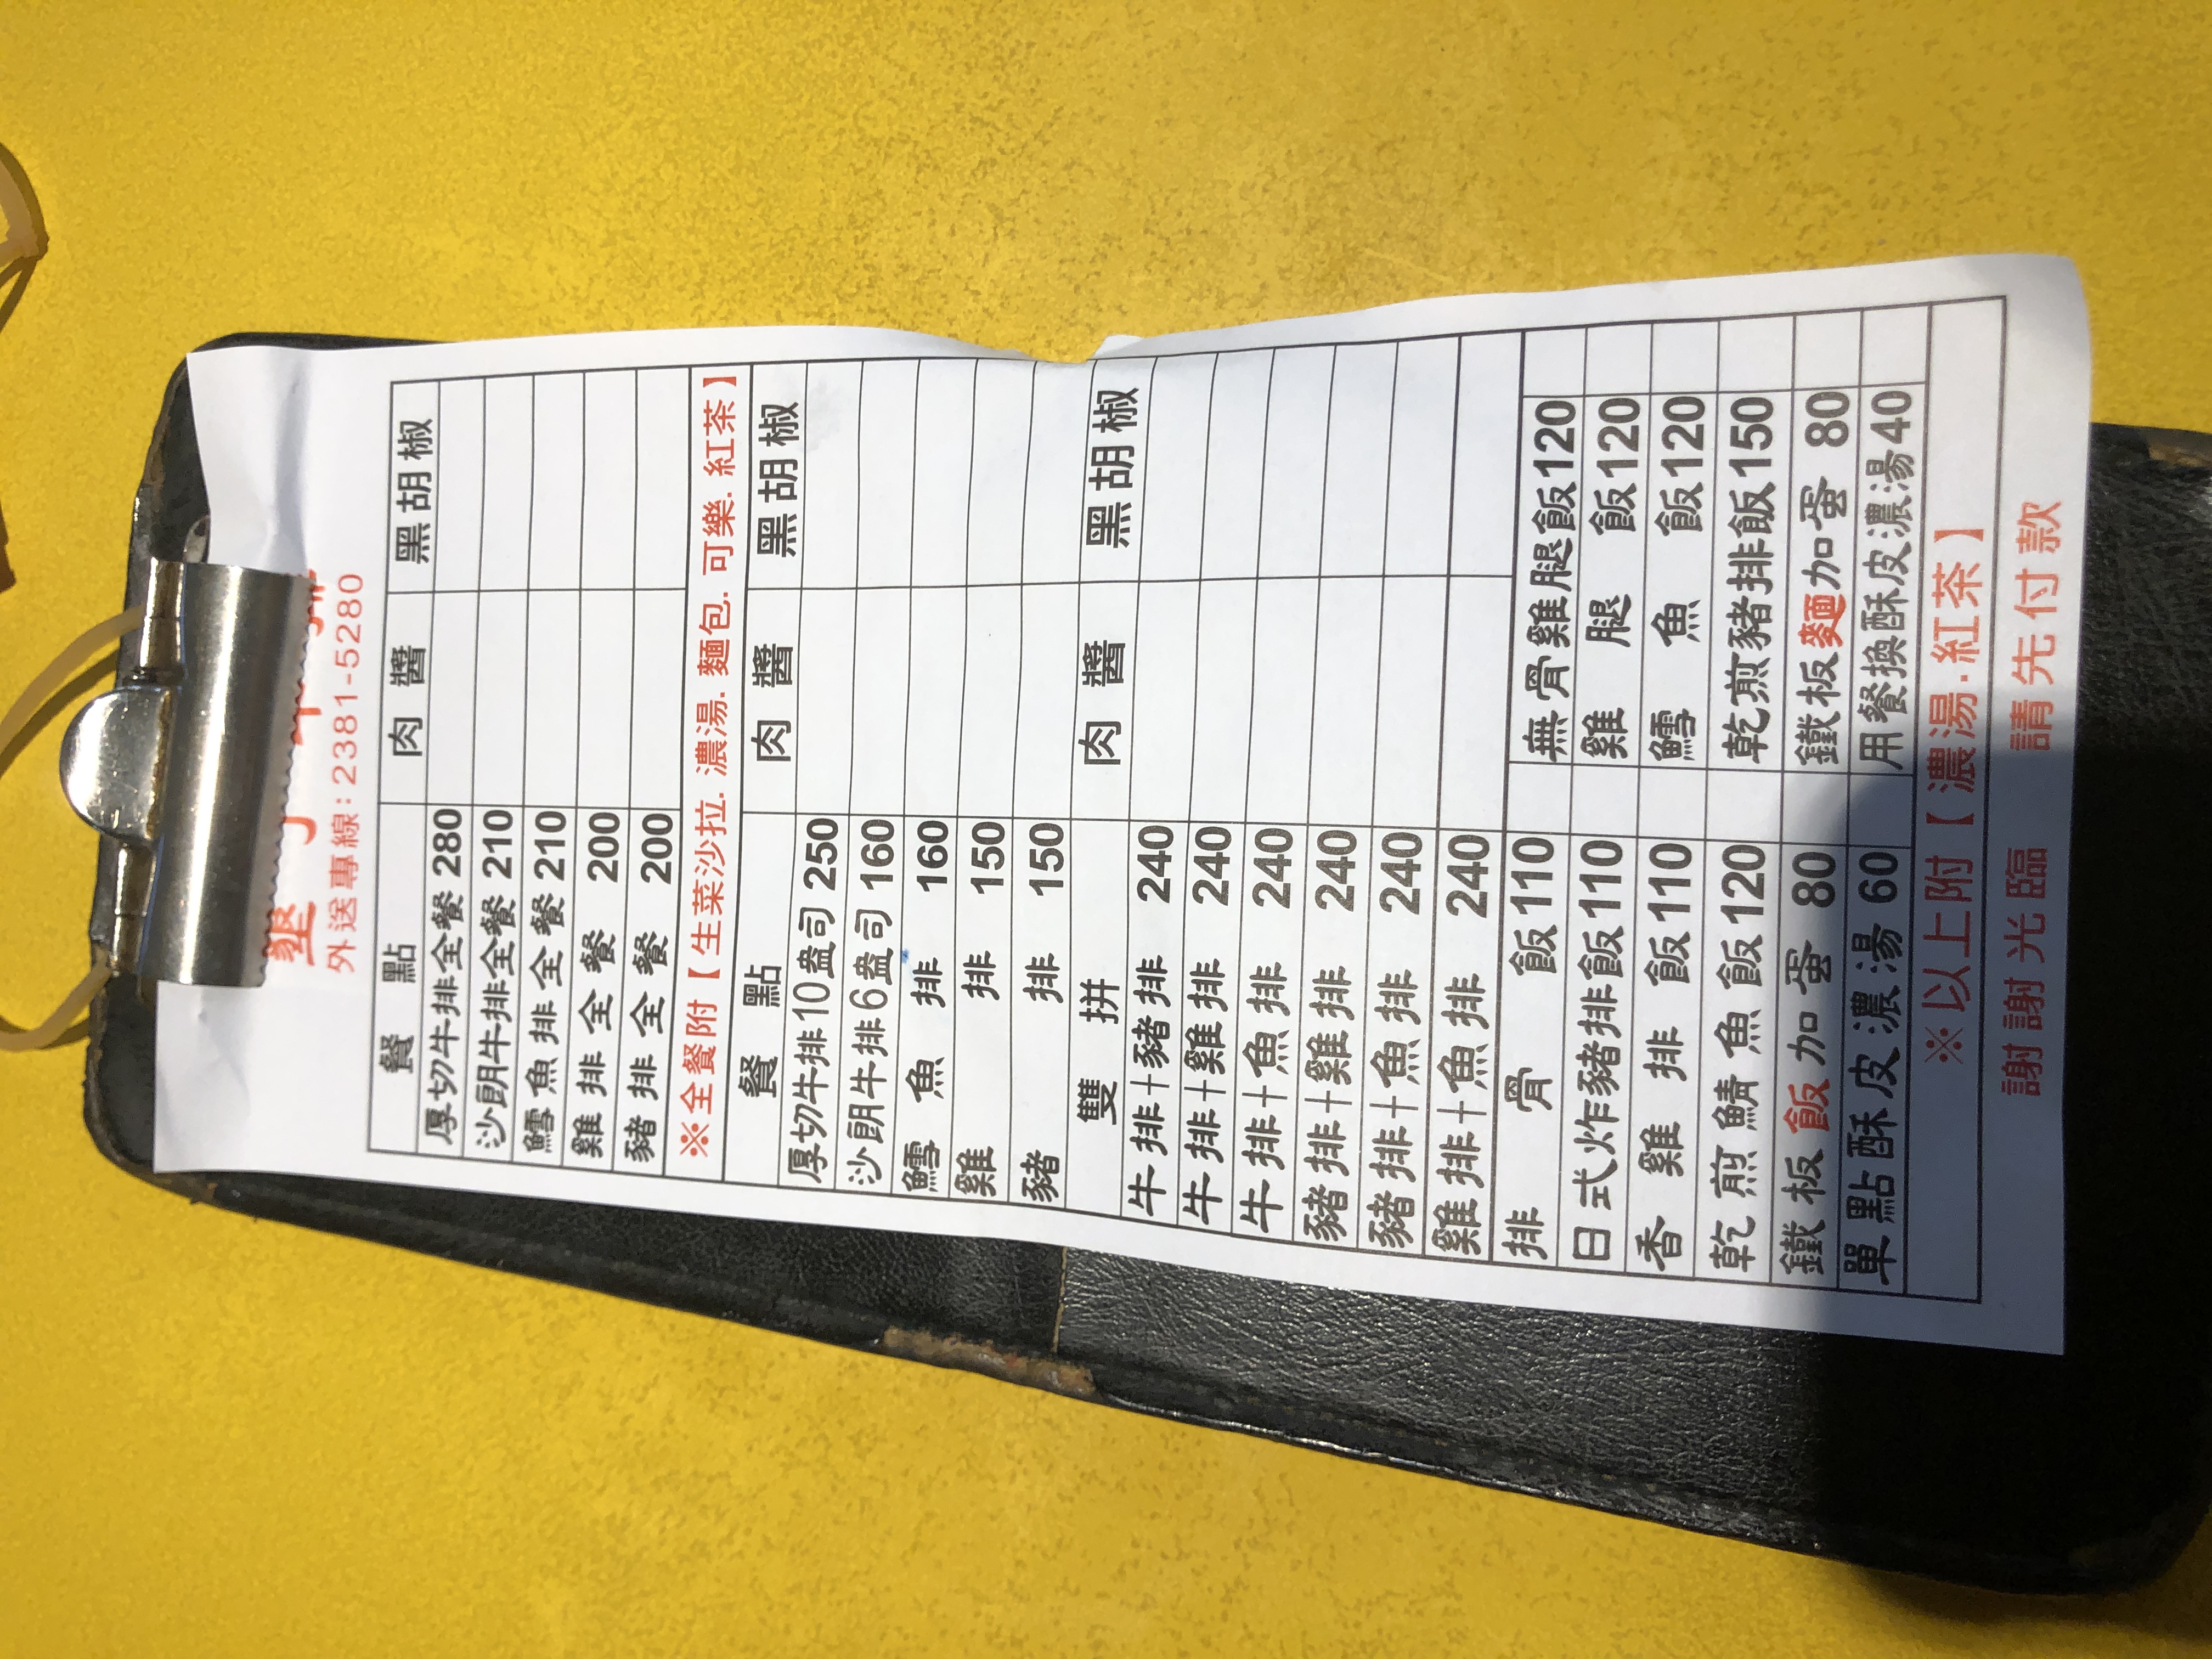
電話：2381-5280
菜單：
name: 厚切牛排全餐
price: 280
name: 沙朗牛排全餐
price: 210
name: 鱈魚排全餐
price: 210
name: 雞排全餐
price: 200
name: 豬排全餐
price: 200
name: 厚切牛排10盎司
price: 250
name: 沙朗牛排6盎司
price: 160
name: 鱈魚排
price: 160
name: 雞排
price: 150
name: 豬排
price: 150
name: 雙拼牛排+豬排
price: 240
name: 雙拼牛排+雞排
price: 240
name: 雙拼牛排+魚排
price: 240
name: 雙拼豬排+雞排
price: 240
name: 雙拼豬排+魚排
price: 240
name: 雙拼雞排+魚排
price: 240
name: 排骨飯
price: 110
name: 無骨雞腿飯
price: 120
name: 日式炸豬排飯
price: 110
name: 雞腿飯
price: 120
name: 香雞排飯
price: 110
name: 鱈魚飯
price: 120
name: 乾煎鯖魚飯
price: 120
name: 乾煎豬排飯
price: 150
name: 鐵板飯加蛋
price: 80
name: 鐵板麵加蛋
price: 80
name: 單點酥皮濃湯
price: 60
name: 用餐換酥皮濃湯
price: 40